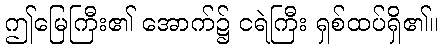
ဤမြေကြီး၏ အောက်၌ ငရဲကြီး ရှစ်ထပ်ရှိ၏။